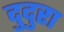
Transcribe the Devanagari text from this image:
दुदुरा